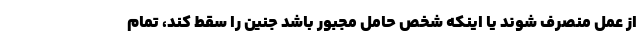
از عمل منصرف شوند یا اینکه شخص حامل مجبور باشد جنین را سقط کند، تمام